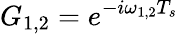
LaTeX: G_{1,2}=e^{-i\omega_{1,2}T_{s}}